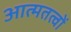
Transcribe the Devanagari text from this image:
आत्मतत्वों